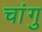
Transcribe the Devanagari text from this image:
चांगु